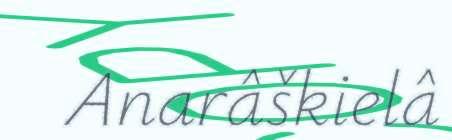
Anarâškielâ